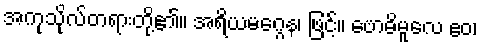
အကုသိုလ်တရားတို့၏။ အရိယမဂ္ဂေန၊ ဖြင့်။ ဗောဓိမူလေ ဧဝ၊